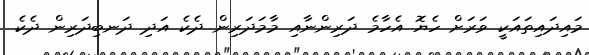
މައިދައިތައަކީ ވަރަށް ހެޔޮ އެހާމެ ދަރިންނާއި މާމަދަރިން ދެކެ އަދި ދަނބިދަރިން ދެކެ